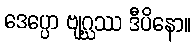
ဒေပ္ပော ဗျဂ္ဃဿ ဒီပိနော။